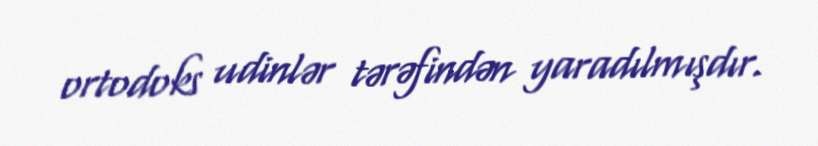
ortodoks udinlər tərəfindən yaradılmışdır.